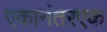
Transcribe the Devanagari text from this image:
एकानंतरएक